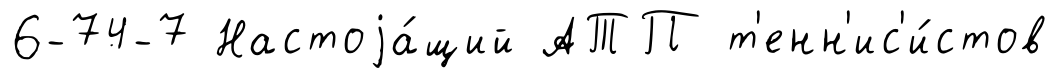
6-74-7 Настоjа́щий АТП т'енн'ис'и́стов